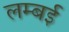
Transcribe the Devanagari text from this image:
लम्बई